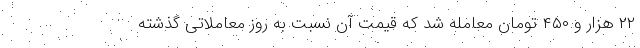
۲۲ هزار و ۴۵۰ تومان معامله شد که قیمت آن نسبت به روز معاملاتی گذشته